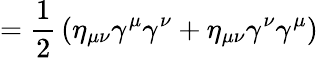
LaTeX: ={\frac{1}{2}}\left(\eta_{\mu\nu}\gamma^{\mu}\gamma^{\nu}+\eta_{\mu\nu}\gamma^{\nu}\gamma^{\mu}\right)